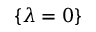
\{ \lambda = 0 \}